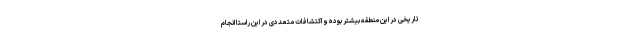
تاریخی در این منطقه بیشتر بوده و اکتشافات متعددی در این راستا انجام